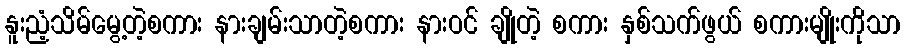
နူးညံ့သိမ်မွေ့တဲ့စကား နားချမ်းသာတဲ့စကား နားဝင် ချိုတဲ့ စကား နှစ်သက်ဖွယ် စကားမျိုးကိုသာ